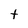
Character: t